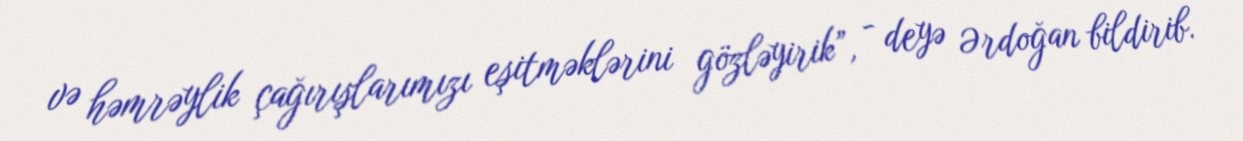
və həmrəylik çağırışlarımızı eşitməklərini gözləyirik”, - deyə Ərdoğan bildirib.